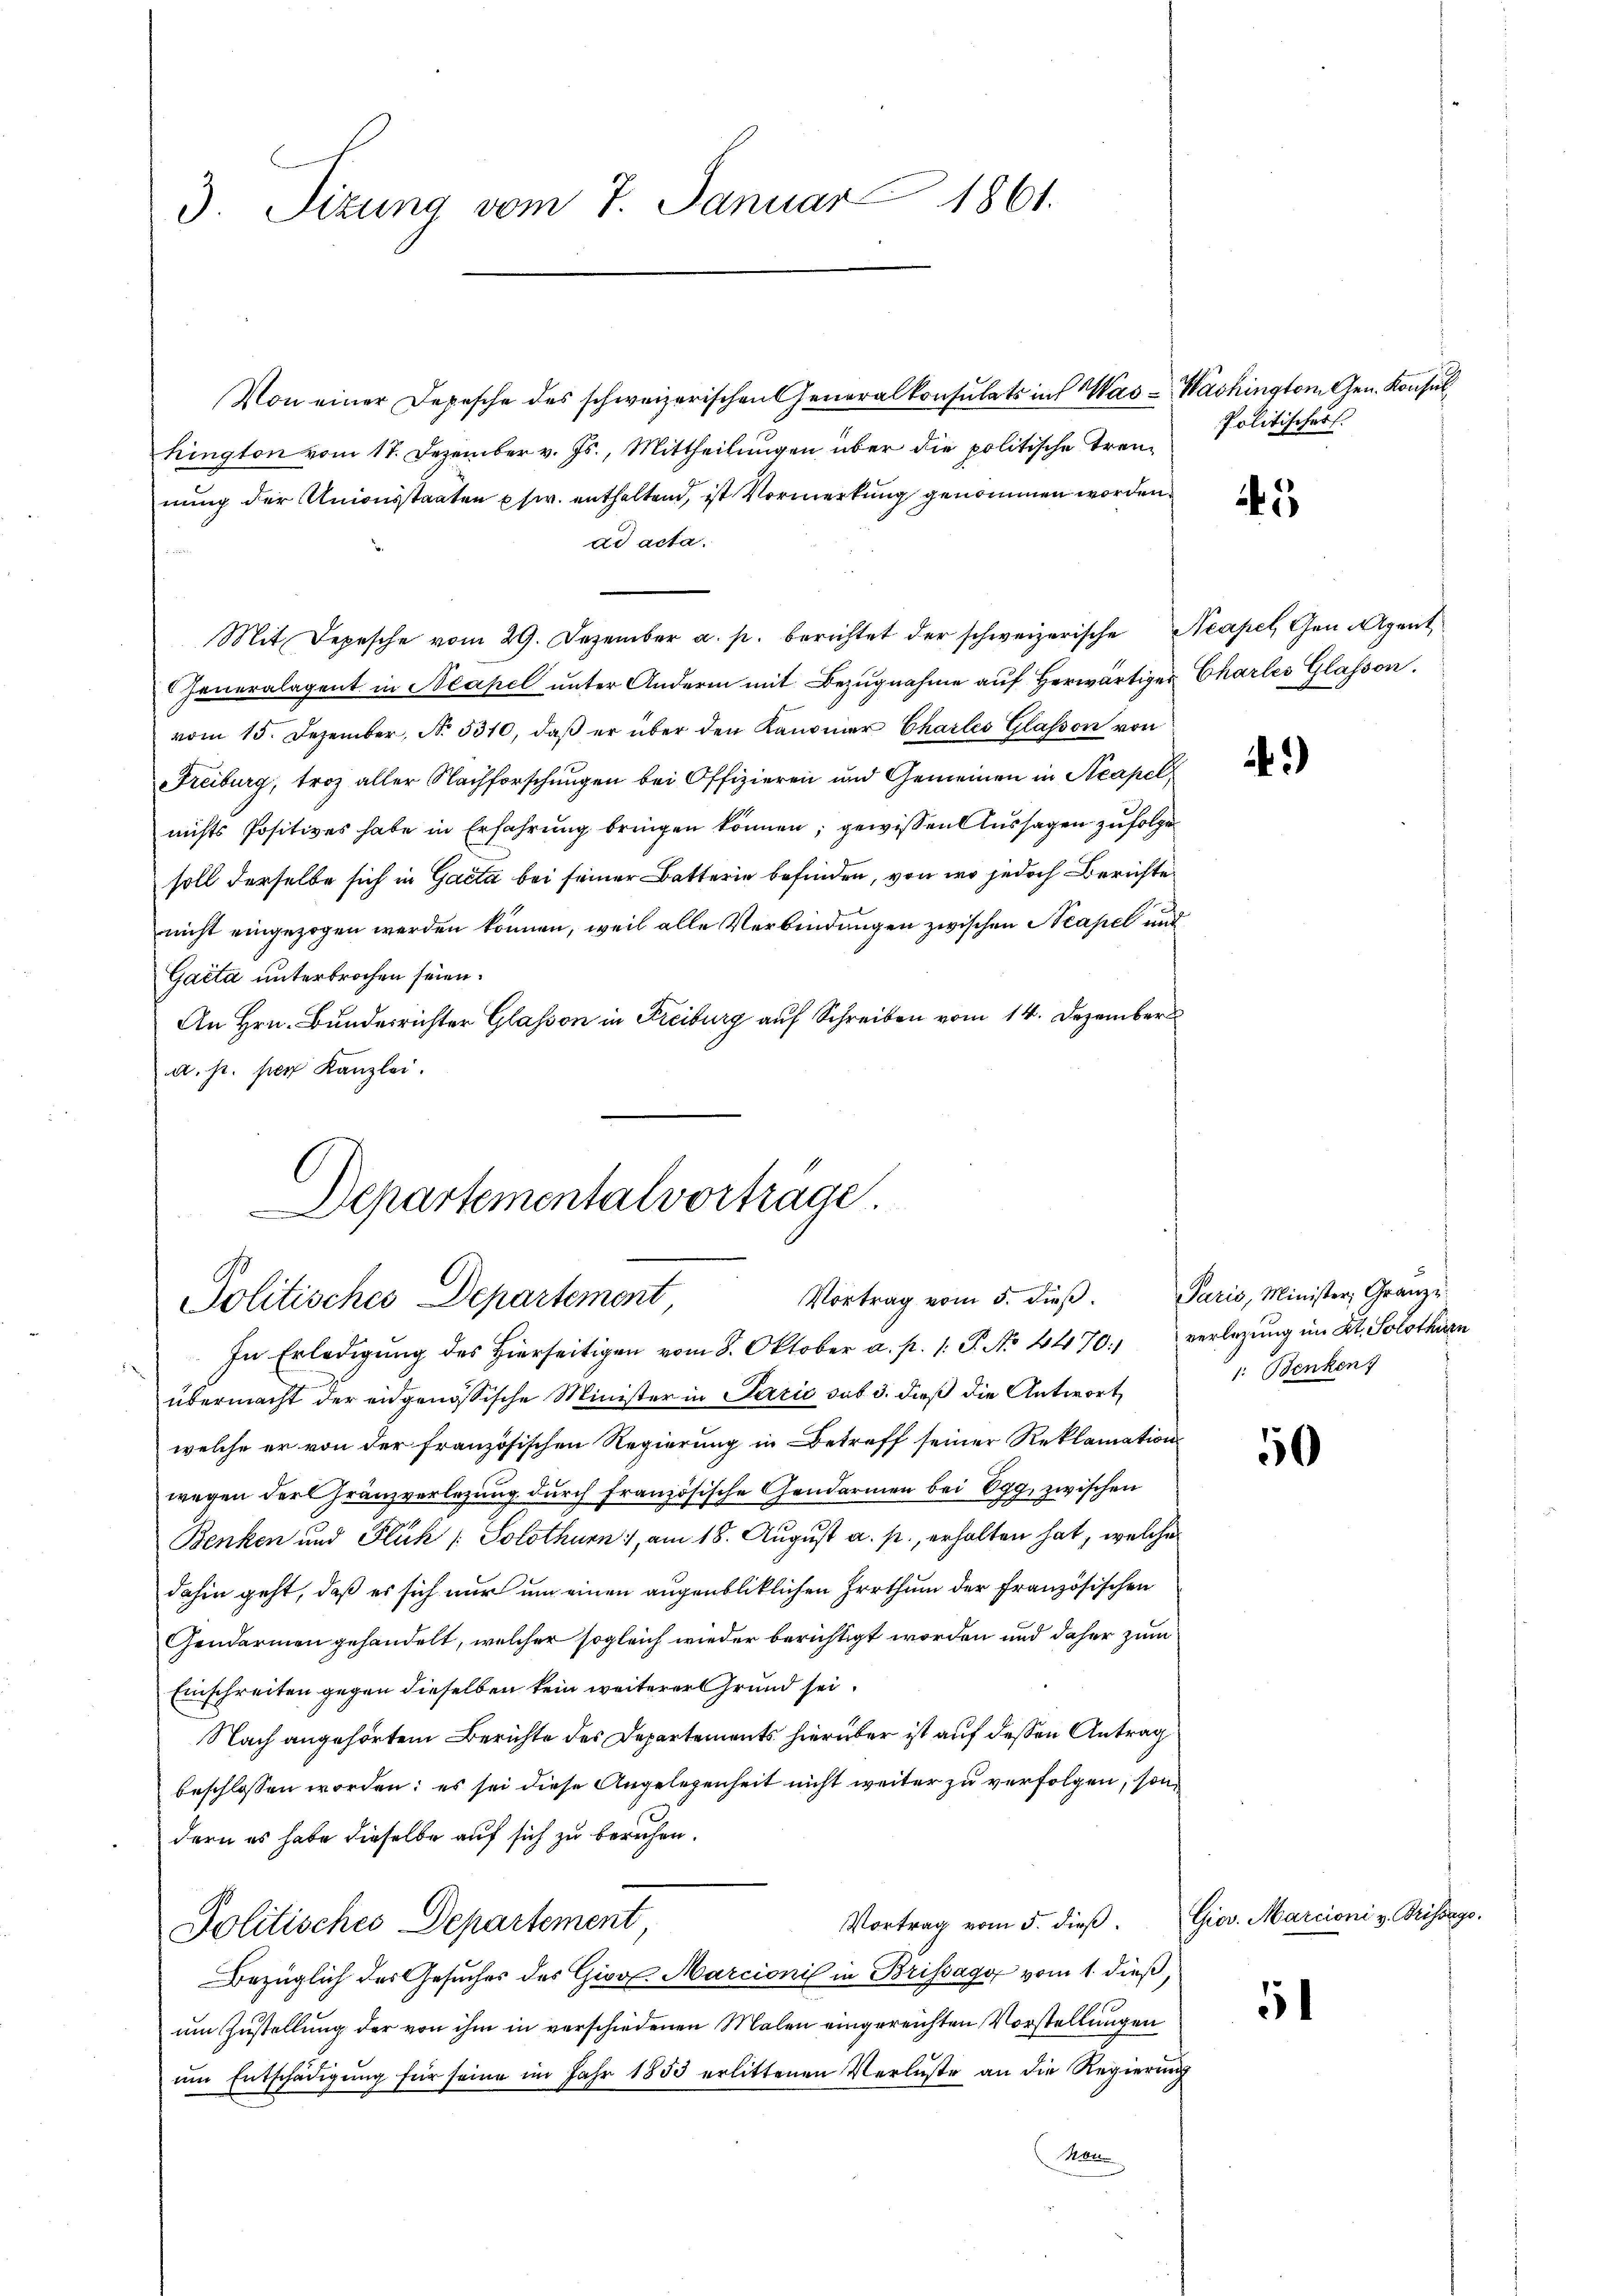
3. Sizung vom 7. Januar 1861.

Von einer Depesche des schweizerischen Generalkonsulats in Was - Washington Gen. Konsul
hington vom 17. Dezember v. Js., Mittheilungen über die politische Treunung der Unionsstaaten usw. enthaltend, ist Vormerkung genommen worden.
ad acta.
Mit Depesche vom 29. Dezember a. p. berichtet der schweizerische Neapel, Gen. Agent
Generalagent in Neapel unter Anderen mit Bezugnahme auf herwärtiger Charles Glasson,
vom 15. Dezember, N. 5310, daβ er über den Kanoner Charles Glasson von
Freiburg, troz aller Nachforschungen bei Offizieren und Gemeinen in Acapel,
nichts Positives habe in Erfahrung bringen können; gewissen Aussagen zufolge
soll derselbe sich in Gacta bei seiner Batterin befinden, von wo jedoch Berichte
nicht eingezogen werden können, weil alle Verbindungen zwischen Neapel und
Gaeta unterbrochen seien.
An Hrn. Bunderrichter Glasson in Freiburg auf Schreiben vom 14. Dezember
a. pr. per Kanzlei.

Departementalvorträge
Vortrag vom 5. dieß.
Politisches Departement

In Erledigung des Hierseitigen vom 8. Oktober a. p. 1. P. No 4470. verlegung im Kt. Solothurn
übermacht der eidgenössische Minister in Paris sub 3. dieß die Antwort,
welche er von der französischen Regierung in Betreff seiner Reklamation
wegen der Franzverlegung durch französische Gendarmen bei Egg, zwischen
Benken und Fluh (: Solothurn, am 18. August a. p., erhalten hat, welche
dahin geht, daß es sich nur um einen augenbliklichen Irrthum der Französischen
Gendarmen gehandelt, welcher sogleich wieder berichtigt worden und daher zum
Einschreiten gegen dieselben kein weiterer Grund sei.
Nach angehörtem Berichte des Departements hierüber ist auf dessen Antrag
beschlossen worden; es sei diese Angelegenheit nicht weiter zu verfolgen, sondern es habe dieselbe auf sich zu beruhen.
Vortrag vom 5. dieß.
Politisches Departement
Bezüglich des Gesuches des Gior. Marcionis in Brissago vom 1. dieß,
um Zustellung der von ihm in verschiedenen Malen eingereichten Vorstellungen
um Entschädigung für seine im Jahr 1853 erlittenen Verluste an die Regierung
Mater

Politischer

5

)

Paris, Minister, Gränz(...) Benken

50

Giov. Marcioni v. Brissage

1